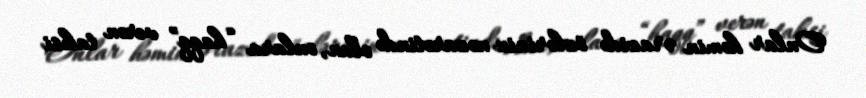
Onlar həmin ərazidə özlərinin nəzarətində olan, onlara “haqq” verən taksi